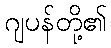
ဂျပန်တို့၏